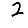
Digit: 2